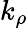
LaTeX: k_{\rho}